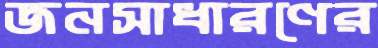
জনসাধারণের